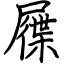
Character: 屧